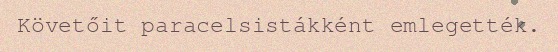
Követőit paracelsistákként emlegették.